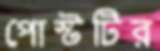
পোস্টটির